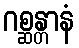
ဂစ္ဆန္တာနံ